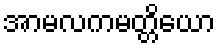
အာမလကမတ္တိယော